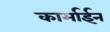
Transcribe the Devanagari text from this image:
कार्माईन